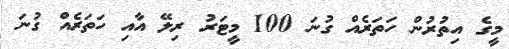
މީގެ އިތުރުން ހަތަރެއް ގުނަ 100 މީޓަރު ރިލޭ އާއި ހަތަރެއް ގުނަ